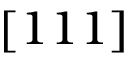
[ 1 1 1 ]